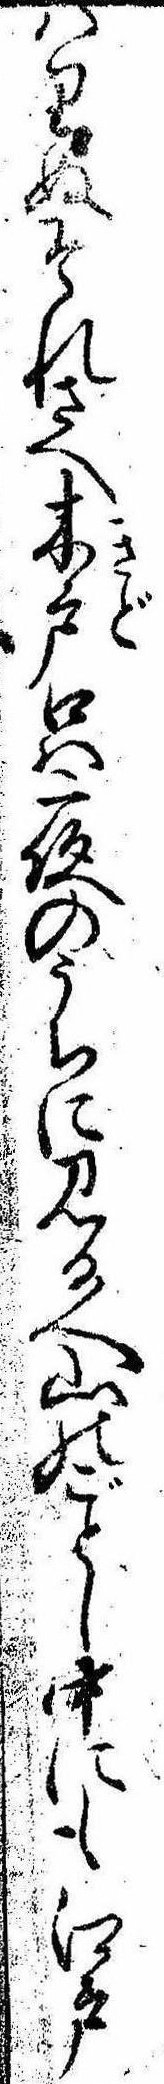
はりぬそれさへ木戸口は夜のうちに見る人山のごとし中にも江戸